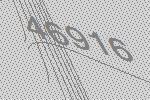
46916